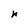
Character: n